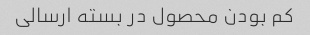
کم بودن محصول در بسته ارسالی